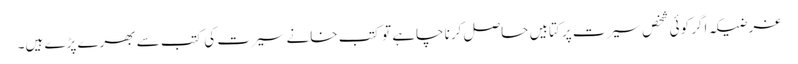
غرضیکہ اگر کوئی شخص سیرت پر کتابیں حاصل کرنا چاہے تو کتب خانے سیرت کی کتب سے بھرے پڑے ہیں۔